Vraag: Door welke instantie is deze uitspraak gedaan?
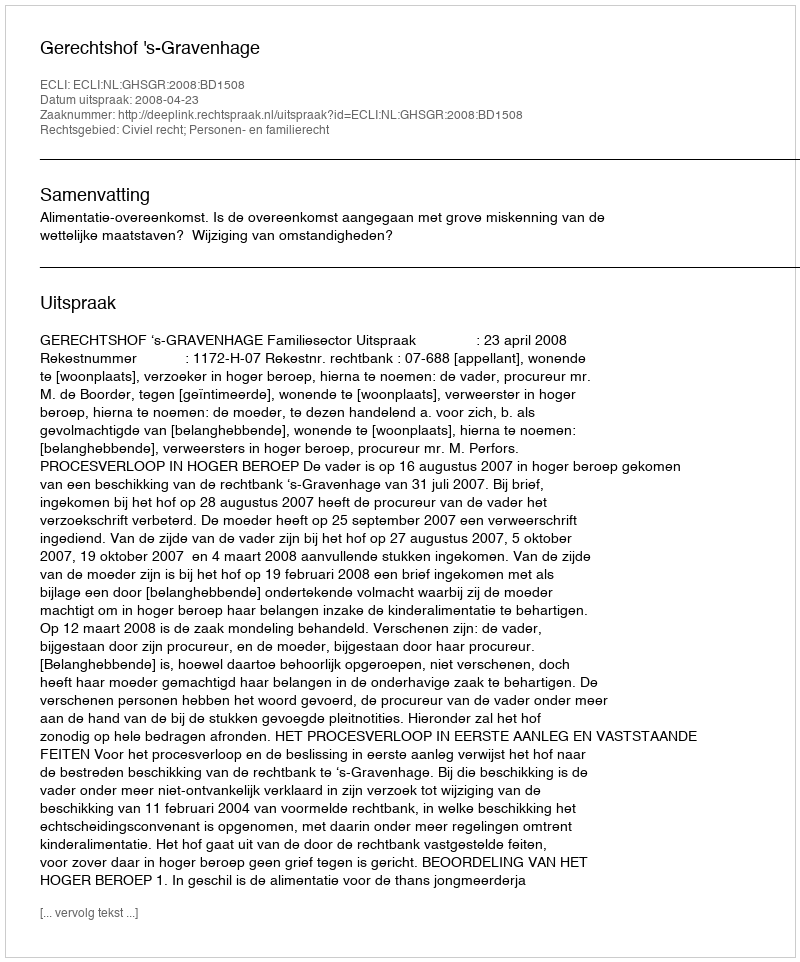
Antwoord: Gerechtshof 's-Gravenhage